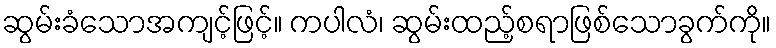
ဆွမ်းခံသောအကျင့်ဖြင့်။ ကပါလံ၊ ဆွမ်းထည့်စရာဖြစ်သောခွက်ကို။